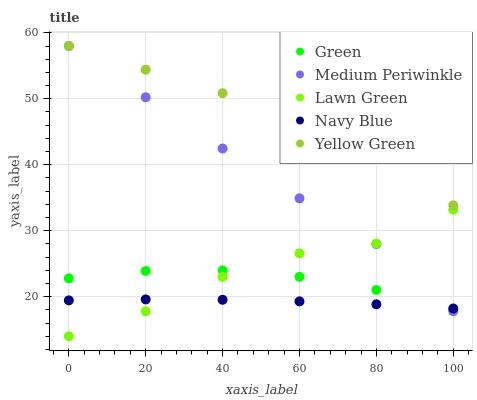
| xaxis_label | Green | Medium Periwinkle | Lawn Green | Navy Blue | Yellow Green |
 | --- | --- | --- | --- | --- | --- |
 | 0 | 22.8 | 58 | 14 | 19.4 | 58 |
 | 20 | 23.9 | 50.2 | 17.8 | 19.6 | 54.4 |
 | 40 | 24 | 42.5 | 23 | 19.5 | 50.8 |
 | 60 | 23 | 34.9 | 26.6 | 19.3 | 43.2 |
 | 80 | 21 | 28 | 28 | 18.8 | 41.5 |
 | 100 | 18 | 17.8 | 33.2 | 18.2 | 33.8 |